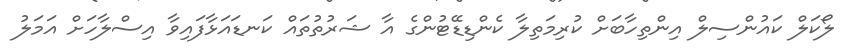
ލޯކަލް ކައުންސިލް އިންތިހާބަށް ކުރިމަތިލާ ކެންޑިޑޭޓުންގެ އާ ޝަރުތުތައް ކަނޑައަޅާފައިވާ އިސްލާހަށް އަމަލު